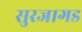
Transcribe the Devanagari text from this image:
सुरजागड